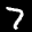
Label: 7